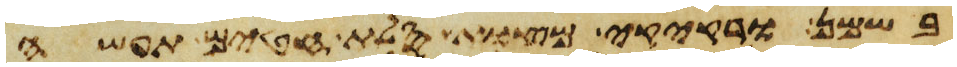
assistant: בשמן ורקיקי מצות סלת חטים תעשה